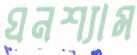
ঘনশ্যাম